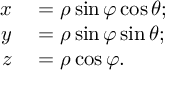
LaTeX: \begin{array} { r l } { x } & { { } = \rho \sin \varphi \cos \theta ; } \\ { y } & { { } = \rho \sin \varphi \sin \theta ; } \\ { z } & { { } = \rho \cos \varphi . } \end{array}